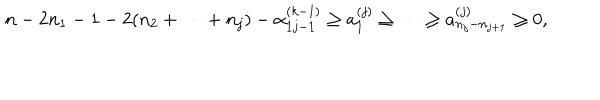
LaTeX: \begin{array} { l } { { n - 2 n _ { 1 } - 1 - 2 ( n _ { 2 } + \cdots + n _ { j } ) - \alpha _ { 1 j - 1 } ^ { ( k - 1 ) } \geq a _ { 1 } ^ { ( j ) } \geq \cdots \geq a _ { n _ { j } - n _ { j + 1 } } ^ { ( j ) } \geq 0 , } } \\ \end{array}